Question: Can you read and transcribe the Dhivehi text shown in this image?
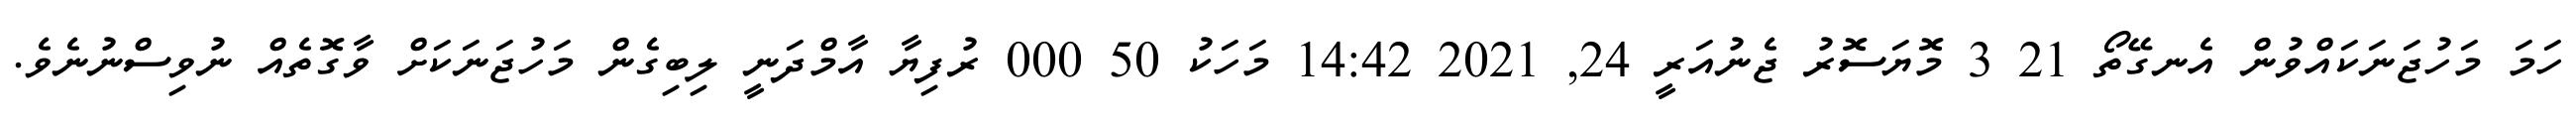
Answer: ހަމަ މަހުޖަނަކައްވުން އެނގޭތޯ 21 3 މޮޔަސޮރު ޖެނުއަރީ 24, 2021 14:42 މަހަކު 50 000 ރުފިޔާ އާމްދަނީ ލިބިގެން މަހުޖަނަކަށް ވާގޮތެއް ނުވިސްނުނެވެ.